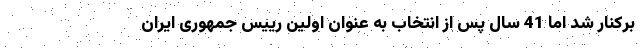
برکنار شد اما 41 سال پس از انتخاب به عنوان اولین رییس جمهوری ایران